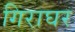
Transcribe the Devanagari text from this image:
गिराघर